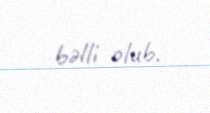
bəlli olub.